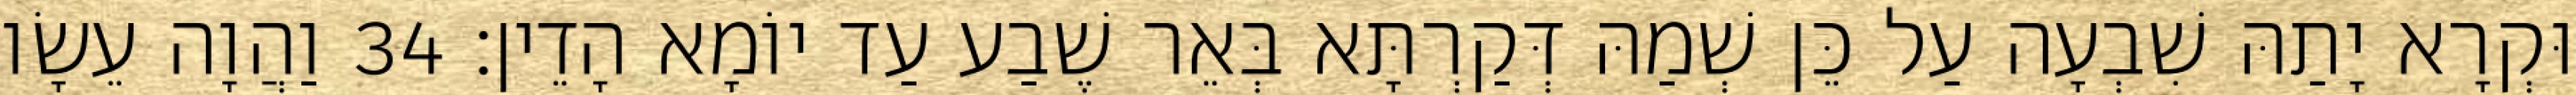
וּקְרָא יָתַהּ שִׁבְעָה עַל כֵּן שְׁמַהּ דְּקַרְתָּא בְּאֵר שֶׁבַע עַד יוֹמָא הָדֵין׃ 34 וַהֲוָה עֵשָׂו